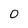
Character: 0